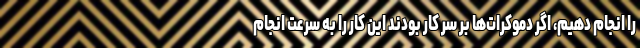
را انجام دهیم، اگر دموکرات‌ها بر سر کار بودند این کار را به سرعت انجام